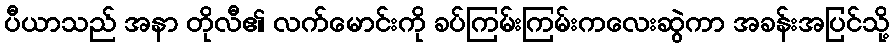
ပီယာသည် အနာ တိုလီ၏ လက်မောင်းကို ခပ်ကြမ်းကြမ်းကလေးဆွဲကာ အခန်းအပြင်သို့